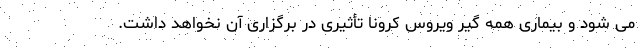
می شود و بیماری همه گیر ویروس کرونا تأثیری در برگزاری آن نخواهد داشت.